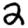
Digit: 2